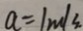
a = 1 m / s